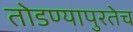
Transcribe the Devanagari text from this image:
तोडण्यापुरतेच